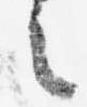
之